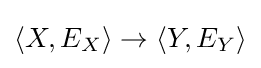
\langle X,E_{X}\rangle \to \langle Y,E_{Y}\rangle